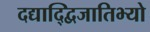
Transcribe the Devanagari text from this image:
दद्याद्द्विजातिभ्यो